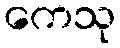
ကေသု